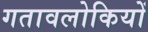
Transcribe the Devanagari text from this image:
गतावलोकियों